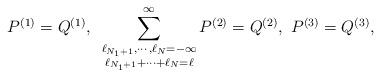
LaTeX: \begin{align*}P^{(1)}=Q^{(1)},~\sum_{\substack{\ell_{N_1+1},\cdots,\ell_N=-\infty\\\ell_{N_1+1}+\cdots+\ell_N=\ell}}^{\infty}P^{(2)}=Q^{(2)},~P^{(3)}=Q^{(3)},\end{align*}